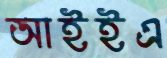
আইইএ